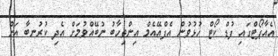
އެއާޕޯޓްގައި ފުޑް ކޯޓް ހުޅުވުން އެފްއޭއެމް އިންތިހާބު ނުބޭއްވުމަށް އެދި ކުރުނބާ އަށް